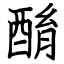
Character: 酳